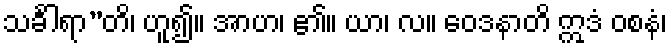
သင်္ခါရာ”တိ၊ ဟူ၍။ အာဟ၊ ၏။ ယာ၊ လ။ ဝေဒနာတိ ဣဒံ ဝစနံ၊